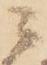
ニ